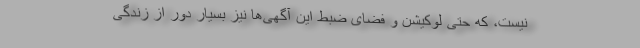
نیست، که حتی لوکیشن و فضای ضبط این آگهی‌ها نیز بسیار دور از زندگیِ